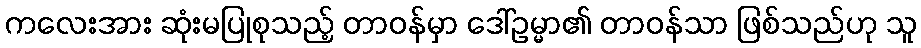
ကလေးအား ဆုံးမပြုစုသည့် တာဝန်မှာ ဒေါ်ဥမ္မာ၏ တာဝန်သာ ဖြစ်သည်ဟု သူ